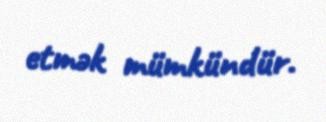
etmək mümkündür.